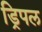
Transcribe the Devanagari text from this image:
ड्रिपल